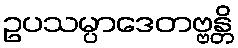
ဥပသမ္ပာဒေတဗ္ဗန္တိ